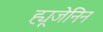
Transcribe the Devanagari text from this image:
ह्यूजेनिन